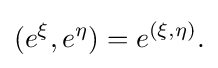
{(e^{\xi },e^{\eta })=e^{(\xi ,\eta )}.}